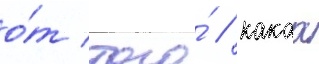
о́т того́ / какаа